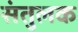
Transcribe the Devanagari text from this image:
संतुलक